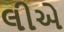
લીએ